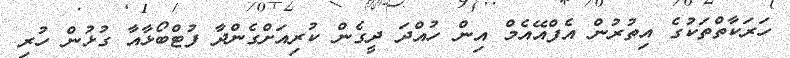
ހަރަކާތްތަކުގެ އިތުރުން އެފްއޭއެމް އިން ހުއްދަ ދީގެން ކުރިއަށްގެންދާ ފުޓްބޯޅާއާ ގުޅުން ހުރި